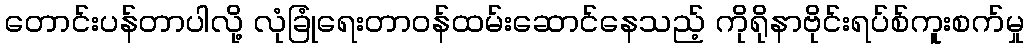
တောင်းပန်တာပါလို့ လုံခြုံရေးတာဝန်ထမ်းဆောင်နေသည့် ကိုရိုနာဗိုင်းရပ်စ်ကူးစက်မှု